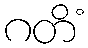
ဂတိံ